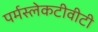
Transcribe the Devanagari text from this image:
पर्मस्लेकटीवीटी